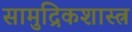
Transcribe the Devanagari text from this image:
सामुद्रिकशास्त्र